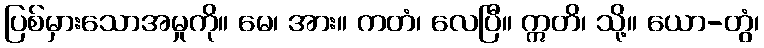
ပြစ်မှားသောအမှုကို။ မေ၊ အား။ ကတံ၊ လေပြီ။ ဣတိ၊ သို့။ ယော-တွံ၊